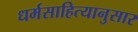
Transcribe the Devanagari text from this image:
धर्मसाहित्यानुसार